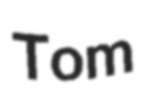
Tom